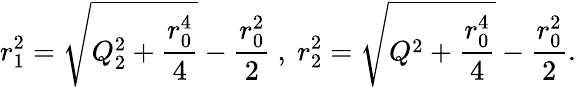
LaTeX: r_{1}^{2}=\sqrt{Q_{2}^{2}+\frac{r_{0}^{4}}{4}}-\frac{r_{0}^{2}}{2}\ ,\ r_{2}^{2}=\sqrt{Q^{2}+\frac{r_{0}^{4}}{4}}-\frac{r_{0}^{2}}{2}.